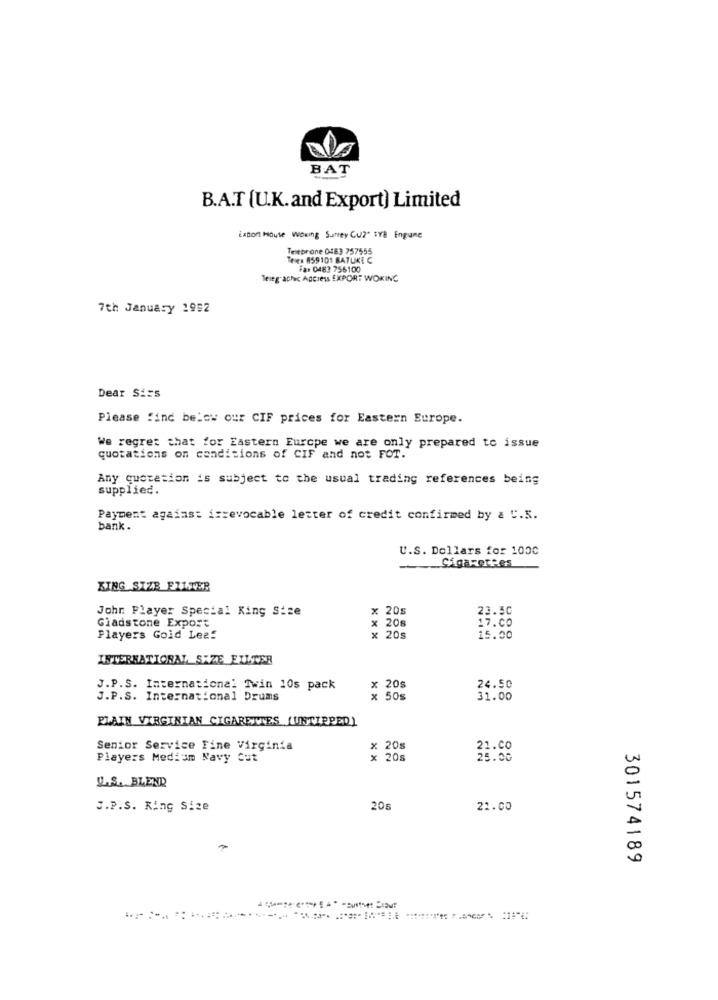
BAT
B.A.T (U.K. and Export) Limited
Latort House Wowing Surrey Cu?" SYB Engune
Teleprone 0483 757555
Teie: 859101 BATLIKE C
Far 0483 756100
Teleg-achic Address EXPORT WOKING
7th January 1992
Dear Sirs
Please find below our CIF prices for Eastern Europe.
We regret that for Eastern Europe we are only prepared to issue
quotations on conditions of CIF and not FOT.
Any quotation is subject to the usual trading references being
supplied.
Payment against irrevocable letter of credit confirmed by & C.K.
bank .
U.S. Dollars for 1000
Cigarettes
KING SIZE FILTER
Johr Player Special King Size
x 20s
23.30
Gladstone Export
17.00
x 20s
Players Gold Leaf
× 20s
15.00
INTERNATIONAL SXZE FILTER
J.P.S. International Twin 10s pack
x 20s
24.50
J.P.S. International Drums
x 50s
31.00
PLAIN VIRGINIAN CIGARETTES (UNTIPPED)
Senior Service Fine Virginia
x 20%
21.Co
Players Medium Navy Cut
x 20s
25.00
U.S. BLEND
S.P.S. Ring Size
205
22.00
301574189